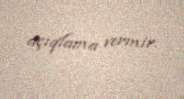
açıqlama vermir.